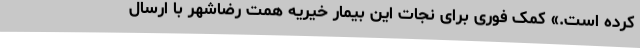
کرده است.» کمک فوری برای نجات این بیمار خیریه همت رضاشهر با ارسال